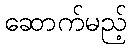
ဆောက်မည့်